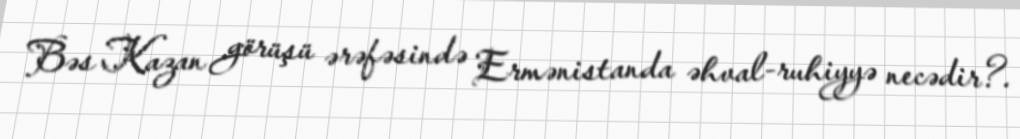
Bəs Kazan görüşü ərəfəsində Ermənistanda əhval-ruhiyyə necədir?.